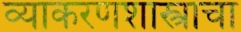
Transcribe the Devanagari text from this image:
व्याकरणशास्त्राचा